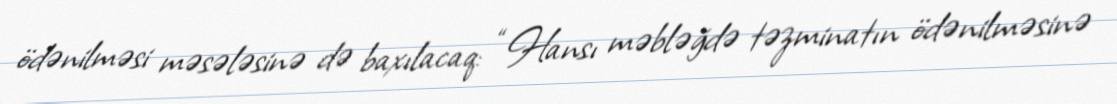
ödənilməsi məsələsinə də baxılacaq: “Hansı məbləğdə təzminatın ödənilməsinə